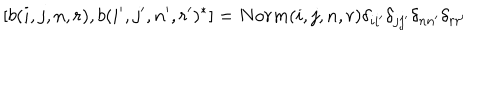
[ b ( i , j , n , r ) , b ( i ^ { \prime } , j ^ { \prime } , n ^ { \prime } , r ^ { \prime } ) ^ { * } ] = N o r m ( i , j , n , r ) \delta _ { i i ^ { \prime } } \delta _ { j j ^ { \prime } } \delta _ { n n ^ { \prime } } \delta _ { r r ^ { \prime } }